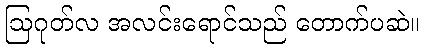
ဩဂုတ်လ အလင်းရောင်သည် တောက်ပဆဲ။